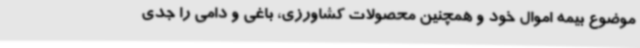
موضوع بیمه اموال خود و همچنین محصولات کشاورزی، باغی و دامی را جدی